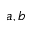
a , b